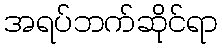
အရပ်ဘက်ဆိုင်ရာ